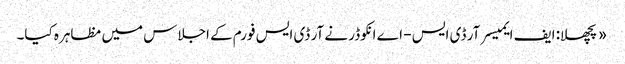
«پچھلا: ایف ایمیسر آر ڈی ایس - اے انکوڈر نے آر ڈی ایس فورم کے اجلاس میں مظاہرہ کیا۔